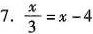
7 . $$\frac { x } { 3 } = x - 4$$